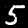
Label: 5